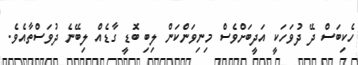
ހެކިބަސް ދޭ ދުވަހަކީ އަދީބަށްވެސް މިނިވަންކަން ލިބި ބޮަޑީ ގާޑެއް ލިބޭނެ ދުވަސްތާއެވެ.